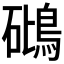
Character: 𥖧